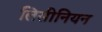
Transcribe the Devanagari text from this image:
लिसीनियन